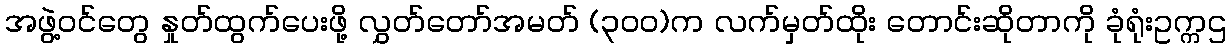
အဖွဲ့ဝင်တွေ နှုတ်ထွက်ပေးဖို့ လွှတ်တော်အမတ် (၃၀၀)က လက်မှတ်ထိုး တောင်းဆိုတာကို ခုံရုံးဥက္ကဌ